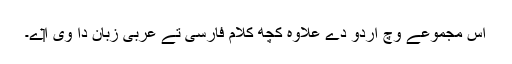
اس مجموعے وچ اردو دے علاوہ کچھ کلام فارسی تے عربی زبان دا وی ا‏‏ے۔